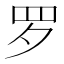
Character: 罗